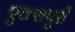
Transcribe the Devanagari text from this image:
एक्‍सपुरी